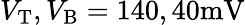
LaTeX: V_{\mathrm{T}},V_{\mathrm{B}}=140,40\mathrm{mV}